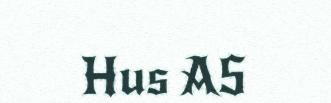
Hus AS